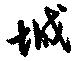
城